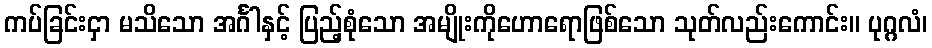
ကပ်ခြင်းငှာ မသိသော အင်္ဂါနှင့် ပြည့်စုံသော အမျိုးကိုဟောရောဖြစ်သော သုတ်လည်းကောင်း။ ပုဂ္ဂလံ၊